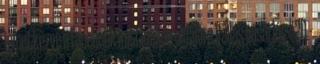
jelentkezve a Facebook kattintson oldalára Vallás vásárlás #20 –